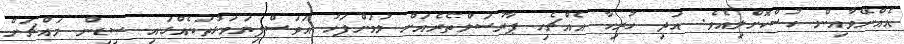
އެއްނޭވާއިން ހުސްކޮށްލިއެވެ. އަދި ހުރިހާ އެއްޗެހި ޕާރުސަލްތެރެއަށް ލުމަށްފަހު އަވަސްފިޔަވަޅުތަކެއްގައި ސިޑިން މައްޗަށް